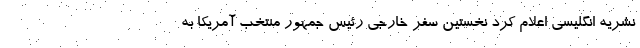
نشریه انگلیسی اعلام کرد نخستین سفر خارجی رئیس جمهور منتخب آمریکا به